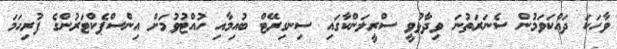
ވާހަކަ ދައްކަވަމުން ސެނަރަތުނަ ވިދާޅުވީ ސްރީލަންކާގައި ސިނގިރޭޓް ބުއިމާއި ހުއްޓުވުމަށް އިންސްޕެކްޓަރުންގެ ފުރިހަމަ